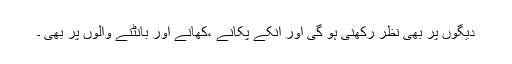
دیگوں پر بھی نظر رکھنی ہو گی اور انکے پکانے ،کھانے اور بانٹنے والوں پر بھی ۔